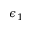
\epsilon _ { 1 }